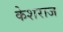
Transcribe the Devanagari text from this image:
केशराज